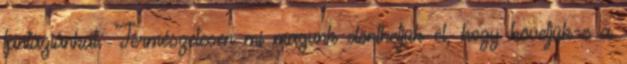
fantáziánkat. Természetesen mi magunk dönthetjük el, hogy követjük-e a